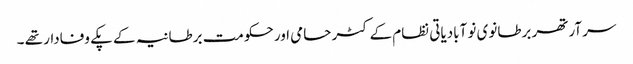
سر آرتھر برطانوی نو آبادیاتی نظام کے کٹر حامی اور حکومت برطانیہ کے پکے وفادار تھے ۔